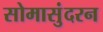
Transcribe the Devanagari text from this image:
सोमासुंदरन